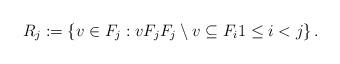
LaTeX: \begin{align*}R_j := \{v\in F_j : v F_j F_j \setminus v \subseteq F_i 1 \leq i < j\} \, .\end{align*}